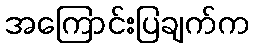
အကြောင်းပြချက်က